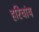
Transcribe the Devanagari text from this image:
हरिचांय